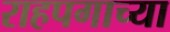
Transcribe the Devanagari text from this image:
राहपगाच्या